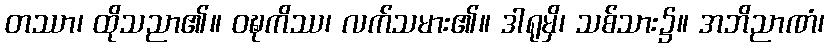
တဿာ၊ ထိုသညာ၏။ ဝဍ္ဎကိဿ၊ လက်သမား၏။ ဒါရုမှိ၊ သစ်သား၌။ အဘိညာဏံ၊